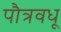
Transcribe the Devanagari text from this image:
पौत्रवधू